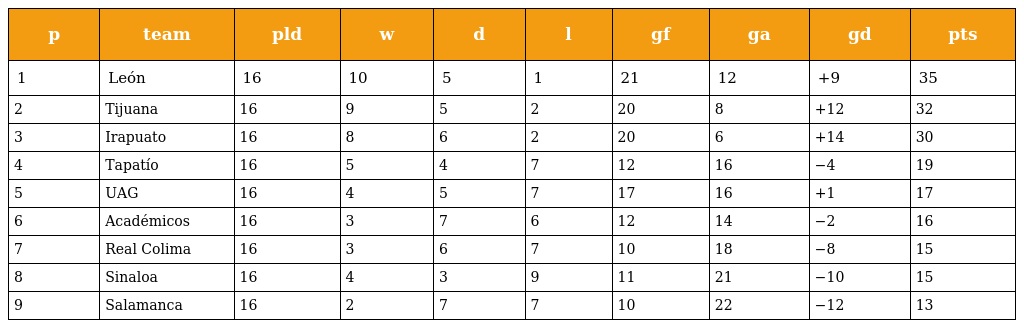
| p | team | pld | w | d | l | gf | ga | gd | pts |
 | --- | --- | --- | --- | --- | --- | --- | --- | --- | --- |
 | 1 | León | 16 | 10 | 5 | 1 | 21 | 12 | +9 | 35 |
 | 2 | Tijuana | 16 | 9 | 5 | 2 | 20 | 8 | +12 | 32 |
 | 3 | Irapuato | 16 | 8 | 6 | 2 | 20 | 6 | +14 | 30 |
 | 4 | Tapatío | 16 | 5 | 4 | 7 | 12 | 16 | −4 | 19 |
 | 5 | UAG | 16 | 4 | 5 | 7 | 17 | 16 | +1 | 17 |
 | 6 | Académicos | 16 | 3 | 7 | 6 | 12 | 14 | −2 | 16 |
 | 7 | Real Colima | 16 | 3 | 6 | 7 | 10 | 18 | −8 | 15 |
 | 8 | Sinaloa | 16 | 4 | 3 | 9 | 11 | 21 | −10 | 15 |
 | 9 | Salamanca | 16 | 2 | 7 | 7 | 10 | 22 | −12 | 13 |